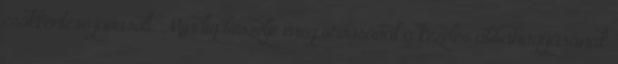
csökkentése javasolt. Mindig beszélje meg orvosával a kezelés abbahagyásának